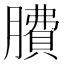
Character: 𦠻